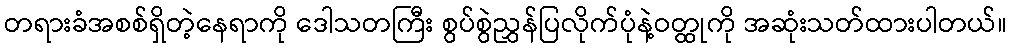
တရားခံအစစ်ရှိတဲ့နေရာကို ဒေါသတကြီး စွပ်စွဲညွှန်ပြလိုက်ပုံနဲ့ဝတ္ထုကို အဆုံးသတ်ထားပါတယ်။